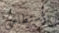
بأستطاعتي